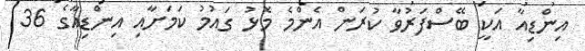
އިންޑިއާ އަކީ ބޭސްފަރުވާ ކުރަން އެންމެ މޮޅު ގައުމު ކަމަށާއި އިންޑިއާގެ 36